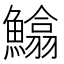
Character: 𩻵